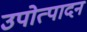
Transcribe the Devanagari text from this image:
उपोत्पादन